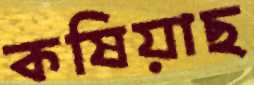
কষিয়াছ